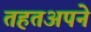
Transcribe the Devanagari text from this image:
तहतअपने